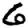
Digit: 6